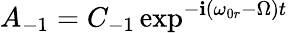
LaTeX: A_{-1}=C_{-1}\exp^{-\mathbf{i}(\omega_{0r}-\Omega)t}